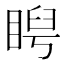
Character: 𥇩